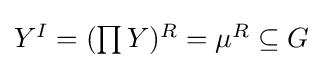
{\textstyle Y^{I}=(\prod Y)^{R}=\mu ^{R}\subseteq G}